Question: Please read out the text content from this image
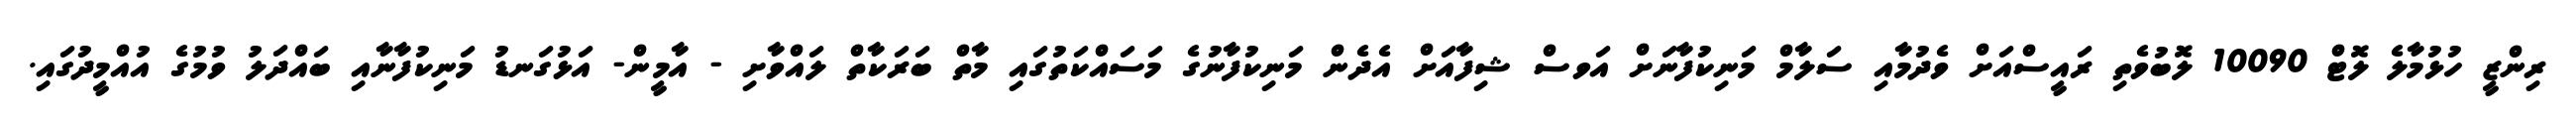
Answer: ރިންޒީ ހުޅުމާލެ ލޮޓް 10090 ލޮބުވެތި ރައީސްއަށް ވެދުމާއި ސަލާމް މަނިކުފާނަށް އަވސް ޝިފާއަށް އެދެން މަނިކުފާނުގެ މަސައްކަތުގައި މާތް ބަރަކާތް ލައްވާށި - އާމީން- އަޅުގަނޑު މަނިކުފާނާއި ބައްދަލު ވުމުގެ އުއްމީދުގައި.